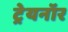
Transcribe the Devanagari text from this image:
ट्रेयनॉर